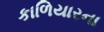
કાળિયારના